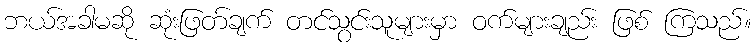
ဘယ်အခါမဆို ဆုံးဖြတ်ချက် တင်သွင်းသူများမှာ ဝက်များချည်း ဖြစ် ကြသည်။